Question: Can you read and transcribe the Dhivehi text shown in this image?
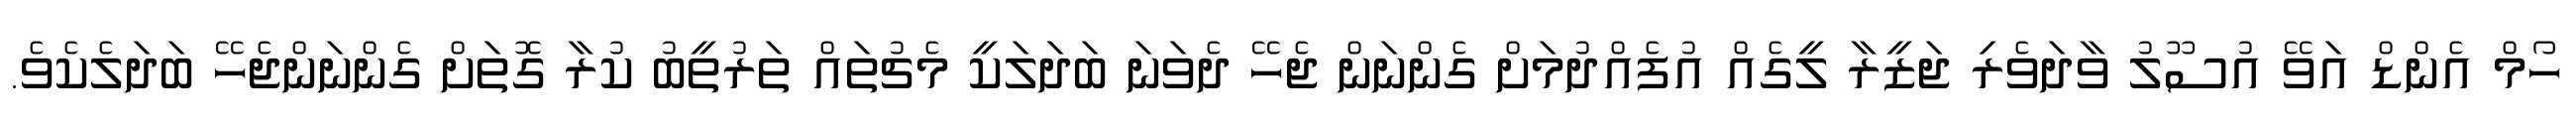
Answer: ހޯމް އެންޑް އަވޭ އުސޫލު ވާދަވެރި ޖަޒީރާ ލީގެއް އުފެއްދުމަށް ގެންނަން ޖެހޭ ދެވަނަ ބަދަލަކީ މެޗުތައް ތަރުތީބު ކުރާ ގޮތަށް ގެންނަންޖެހޭ ބަދަލެކެވެ.